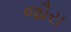
જૌરા